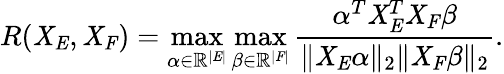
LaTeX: R(\mathit{X}_{\mathit{{E}}},\mathit{X}_{\mathit{{F}}})=\operatorname*{max}_{\alpha\in\mathbb{{R}}^{|\mathit{{E}}|}}\operatorname*{max}_{\beta\in\mathbb{{R}}^{|\mathit{{F}}|}}\frac{{\alpha^{T}\mathit{X}_{\mathit{{E}}}^{T}\mathit{X}_{\mathit{{F}}}\beta}}{{\| \mathit{X}_{\mathit{{E}}}\alpha\| _{2}\| \mathit{X}_{\mathit{{F}}}\beta\| _{2}}}.